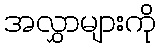
အလွှာများကို